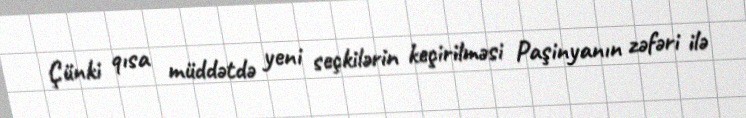
Çünki qısa müddətdə yeni seçkilərin keçirilməsi Paşinyanın zəfəri ilə